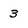
Character: 3